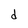
Character: d